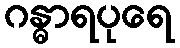
ဂန္ဓာရပုရေ